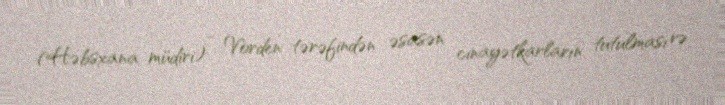
(Həbsxana müdiri) - Vorden tərəfindən əsasən cinayətkarların tutulması və